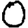
Digit: 0